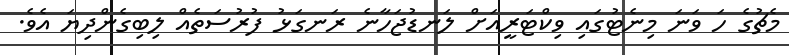
މެޗުގެ ހަ ވަނަ މިނެޓުގައި ވިކްޓަރީއަށް ލަނޑުޖަހާނެ ރަނގަޅު ފުރުސަތެއް ލިބިގެންދިޔަ އެވެ.